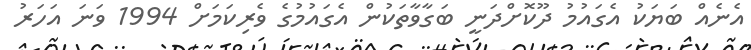
އެނެއް ބަޔަކު އެގައުމު ދޫކޮށްދަނީ ބަގާވާތަކުން އެގައުމުގެ ވެރިކަމަށް 1994 ވަނަ އަހަރު